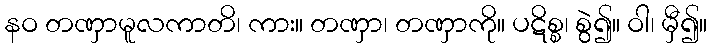
နဝ တဏှာမူလကာတိ၊ ကား။ တဏှာ၊ တဏှာကို။ ပဋိစ္စ၊ စွဲ၍။ ဝါ၊ မှီ၍။